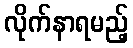
လိုက်နာရမည့်